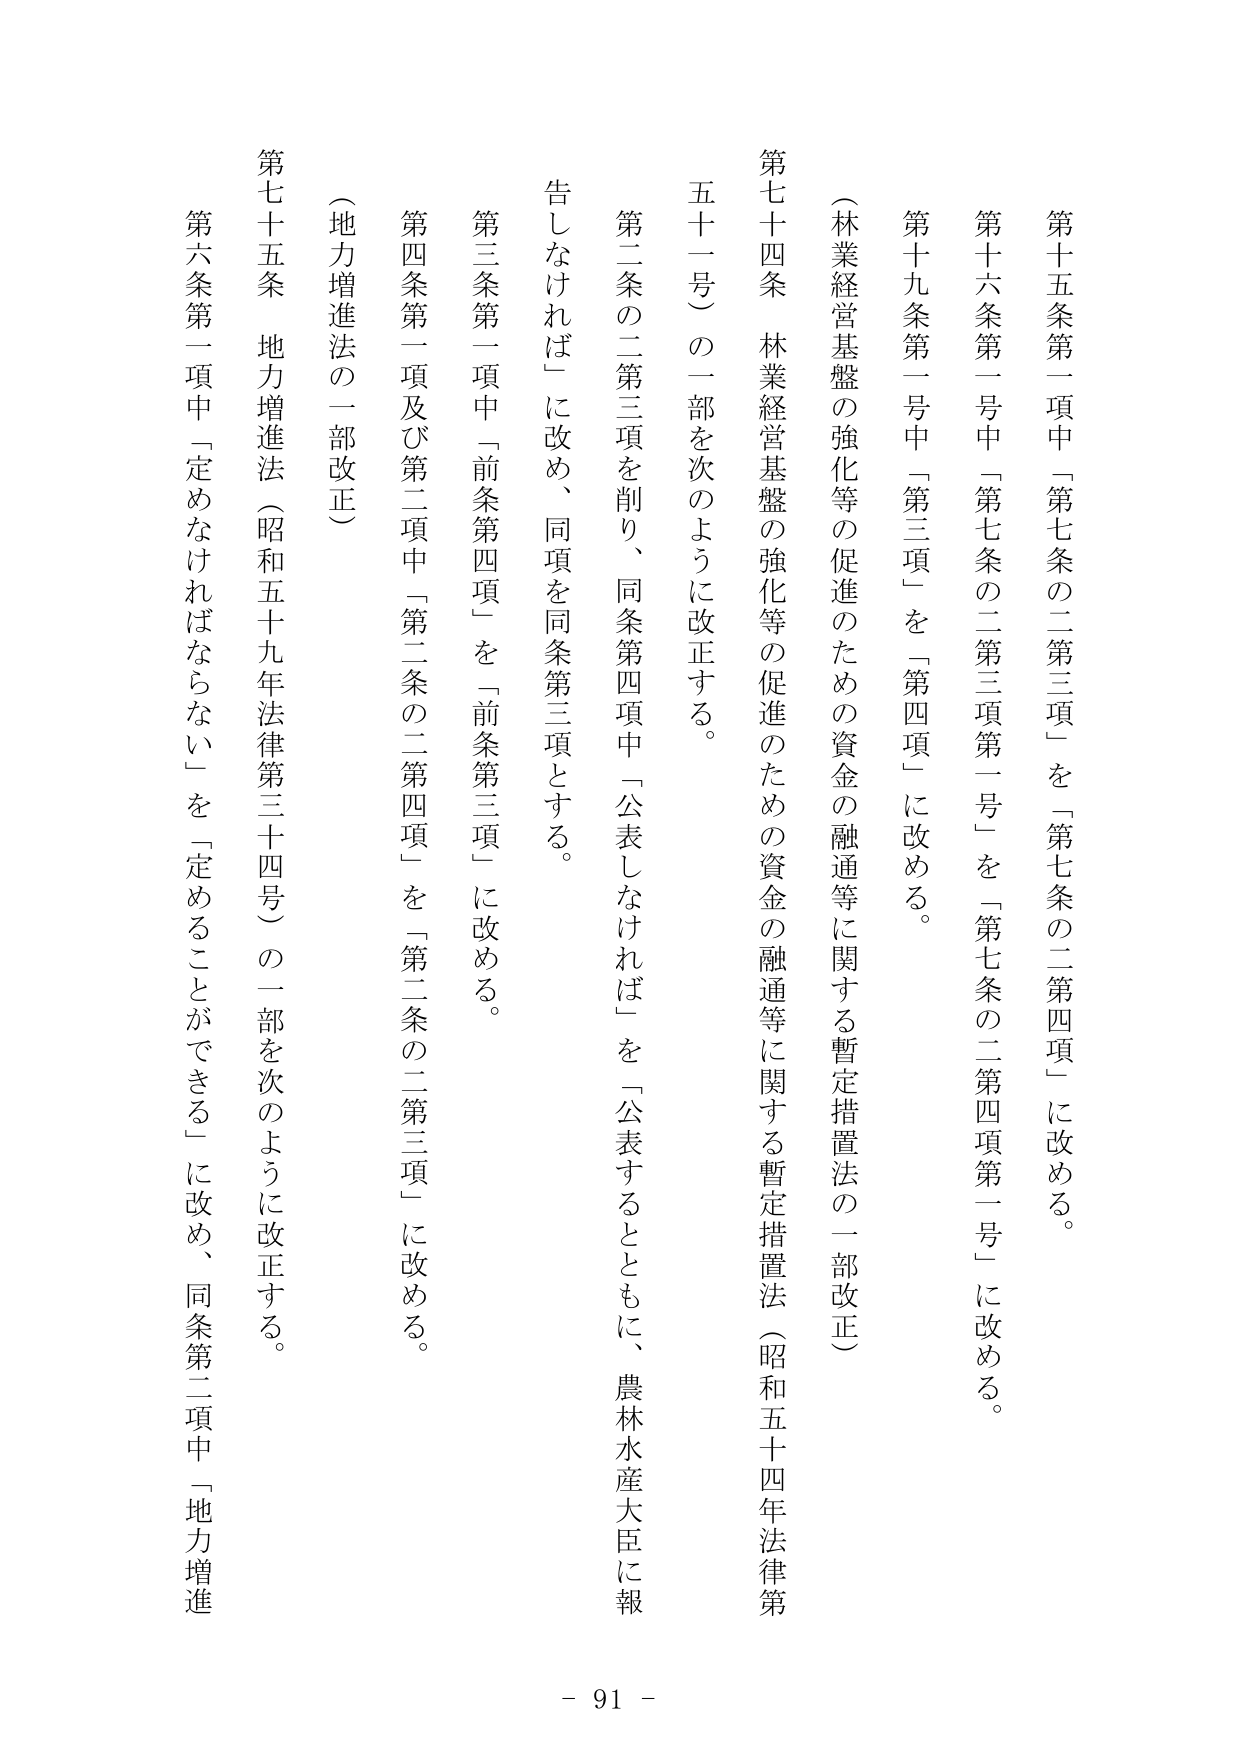
第十五条第一項中「第七条の二第三項」を「第七条の二第四項」に改める。

第十六条第一号中「第七条の二第三項第一号」を「第七条の二第四項第一号」に改める。

第十九条第一号中「第三項」を「第四項」に改める。

（林業経営基盤の強化等の促進のための資金の融通等に関する暫定措置法の一部改正）

第七十四条　林業経営基盤の強化等の促進のための資金の融通等に関する暫定措置法（昭和五十四年法律第五十一号）の一部を次のように改正する。

第二条の二第三項を削り、同条第四項中「公表しなければ」を「公表するとともに、農林水産大臣に報告しなければ」に改め、同項を同条第三項とする。

第三条第一項中「前条第四項」を「前条第三項」に改める。

第四条第一項及び第二項中「第二条の二第四項」を「第二条の二第三項」に改める。

（地力増進法の一部改正）

第七十五条　地力増進法（昭和五十九年法律第三十四号）の一部を次のように改正する。

第六条第一項中「定めなければならない」を「定めることができる」に改め、同条第二項中「地力増進

- 91 -